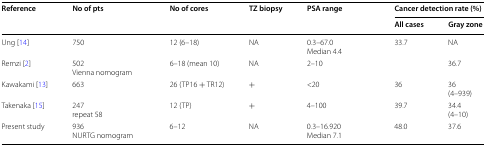
<table><thead><tr><td rowspan="2"><b>Reference</b></td><td rowspan="2"><b>No of pts</b></td><td rowspan="2"><b>No of cores</b></td><td rowspan="2"><b>TZ biopsy</b></td><td rowspan="2"><b>PSA range</b></td><td colspan="2"><b>Cancer detection rate (%)</b></td></tr><tr><td><b>All cases</b></td><td><b>Gray zone</b></td></tr></thead><tbody><tr><td>Ung [14]</td><td>750</td><td>12 (6–18)</td><td>NA</td><td>0.3–67.0Median 4.4</td><td>33.7</td><td>NA</td></tr><tr><td>Remzi [2]</td><td>502Vienna nomogram</td><td>6–18 (mean 10)</td><td>NA</td><td>2–10</td><td></td><td>36.7</td></tr><tr><td>Kawakami [13]</td><td>663</td><td>26 (TP16 + TR12)</td><td>+</td><td>&lt;20</td><td>36</td><td>36(4–939)</td></tr><tr><td>Takenaka [15]</td><td>247repeat 58</td><td>12 (TP)</td><td>+</td><td>4–100</td><td>39.7</td><td>34.4(4–10)</td></tr><tr><td>Present study</td><td>936NURTG nomogram</td><td>6–12</td><td>NA</td><td>0.3–16.920Median 7.1</td><td>48.0</td><td>37.6</td></tr></tbody></table>